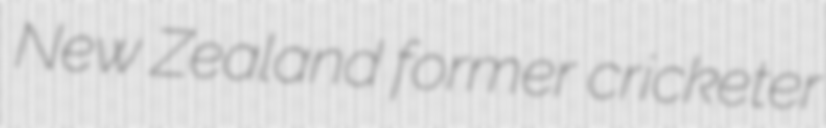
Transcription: New Zealand former cricketer